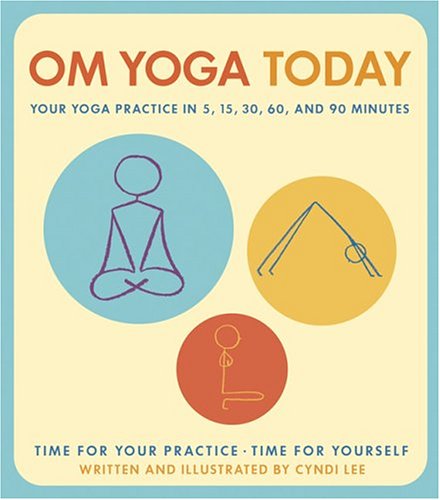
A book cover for OM Yoga Today: Your Yoga Practice in 5, 15, 30, 60, and 90 Minutes; Cyndi Lee; Health, Fitness & Dieting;